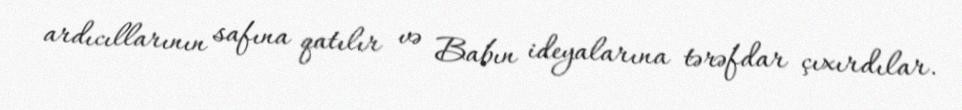
ardıcıllarının safına qatılır və Babın ideyalarına tərəfdar çıxırdılar.